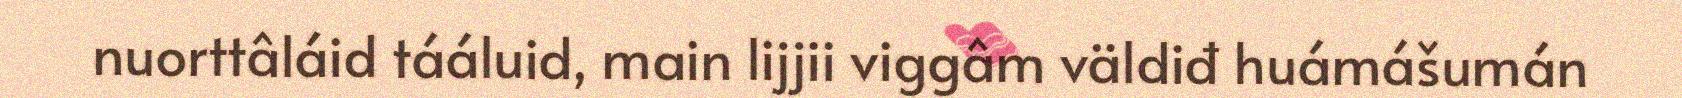
nuorttâláid tááluid, main lijjii viggâm väldiđ huámášumán